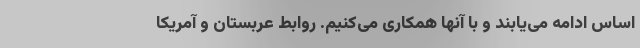
اساس ادامه می‌یابند و با آنها همکاری می‌کنیم. روابط عربستان و آمریکا